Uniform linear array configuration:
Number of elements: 64
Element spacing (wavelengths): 0.5
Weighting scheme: hann
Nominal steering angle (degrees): -15
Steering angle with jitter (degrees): -14.731
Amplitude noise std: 0.05
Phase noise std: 0.05

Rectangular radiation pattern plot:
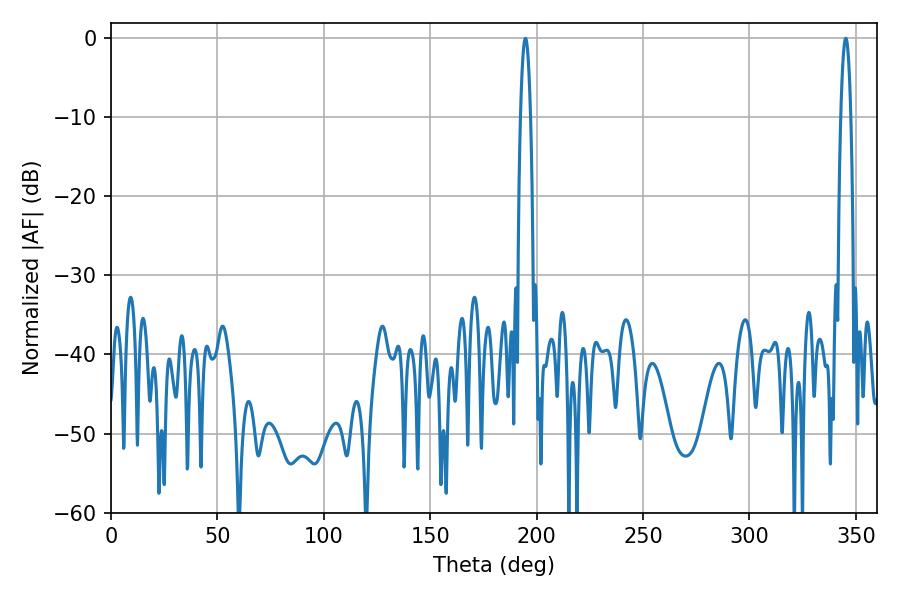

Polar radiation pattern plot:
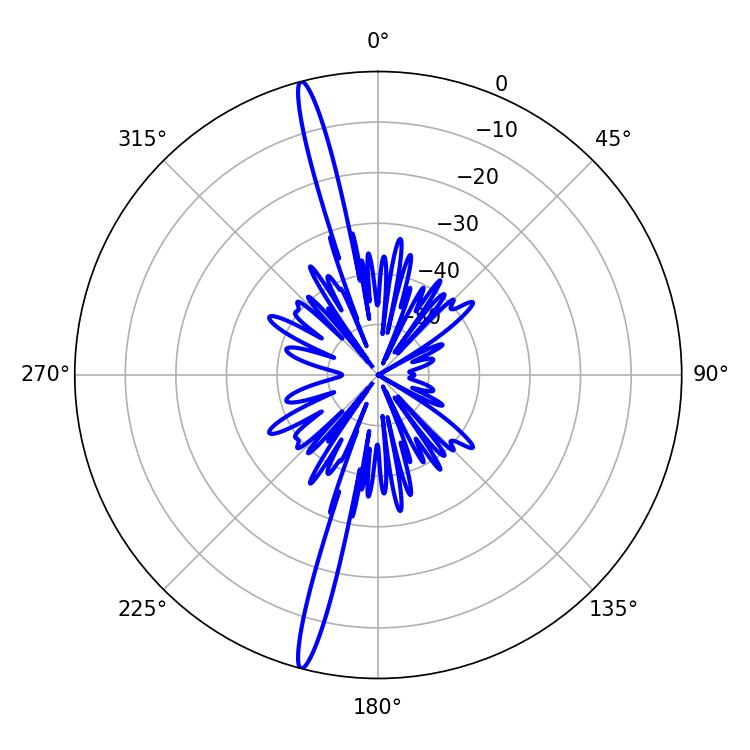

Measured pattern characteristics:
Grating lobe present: FALSE
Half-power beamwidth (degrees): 2.52
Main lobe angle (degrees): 194.76